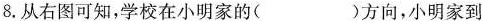
8.从右图可知，学校在小明家的( )方向，小明家到